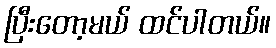
ပြီးတော့မယ် ထင်ပါတယ်။